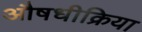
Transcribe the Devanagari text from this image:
औषधीक्रिया